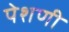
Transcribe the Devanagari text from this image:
पेशणी